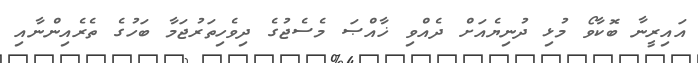
އައިރީނާ ބޮކާވޯ މުޅި ދުނިޔެއަށް ދެއްވި ޚާއްޞަ މެސެޖުގެ ދިވެހިތަރުޖަމާ ބަހުގެ ތެރެއިންނާއި